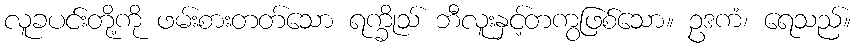
လူခပင်းတို့ကို ဖမ်းစားတတ်သော ရက္ခိုသ် ဘီလူးနှင့်တကွဖြစ်သော။ ဥဒကံ၊ ရေသည်။